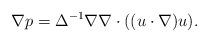
LaTeX: \begin{align*} \nabla p = \Delta^{-1} \nabla \nabla \cdot ( (u\cdot \nabla) u ).\end{align*}